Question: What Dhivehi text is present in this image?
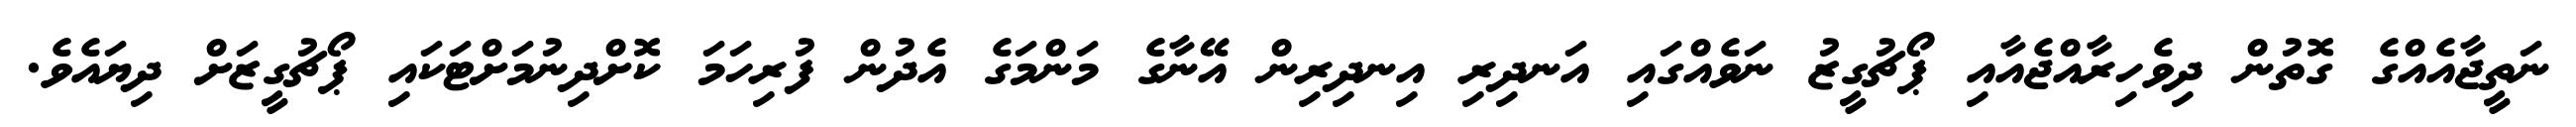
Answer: ނަތީޖާއެއްގެ ގޮތުން ދިވެހިރާއްޖެއާއި ޕޯޗުގީޒު ނަވެއްގައި އަނދިރި އިނދިރިން އޭނާގެ މަންމަގެ އެދުން ފުރިހަމަ ކޮށްދިނުމަށްޓަކައި ޕޯޗުގީޒަށް ދިޔައެވެ.